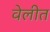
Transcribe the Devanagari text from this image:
वेलीत